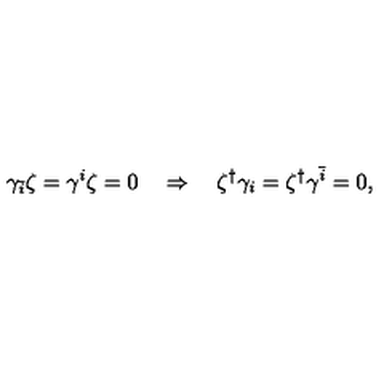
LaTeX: \gamma _ { \bar { i } } \zeta = \gamma ^ { i } \zeta = 0 \quad \Rightarrow \quad \zeta ^ { \dag } \gamma _ { i } = \zeta ^ { \dag } \gamma ^ { \bar { i } } = 0 ,